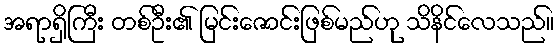
အရာရှိကြီး တစ်ဦး၏ မြင်းဇောင်းဖြစ်မည်ဟု သိနိင်လေသည်။